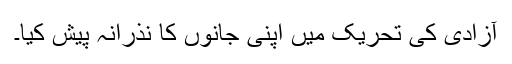
آزادی کی تحریک میں اپنی جانوں کا نذرانہ پیش کیا۔